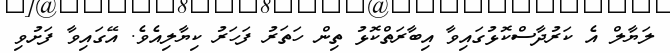
ލަޔާލް އެ ކަރުދާސްކޮޅުގައިވާ އިބާރަތްކޮޅު ތިން ހަތަރު ފަހަރު ކިޔާލިއެވެ. އޭގައިވާ ފަށުވި